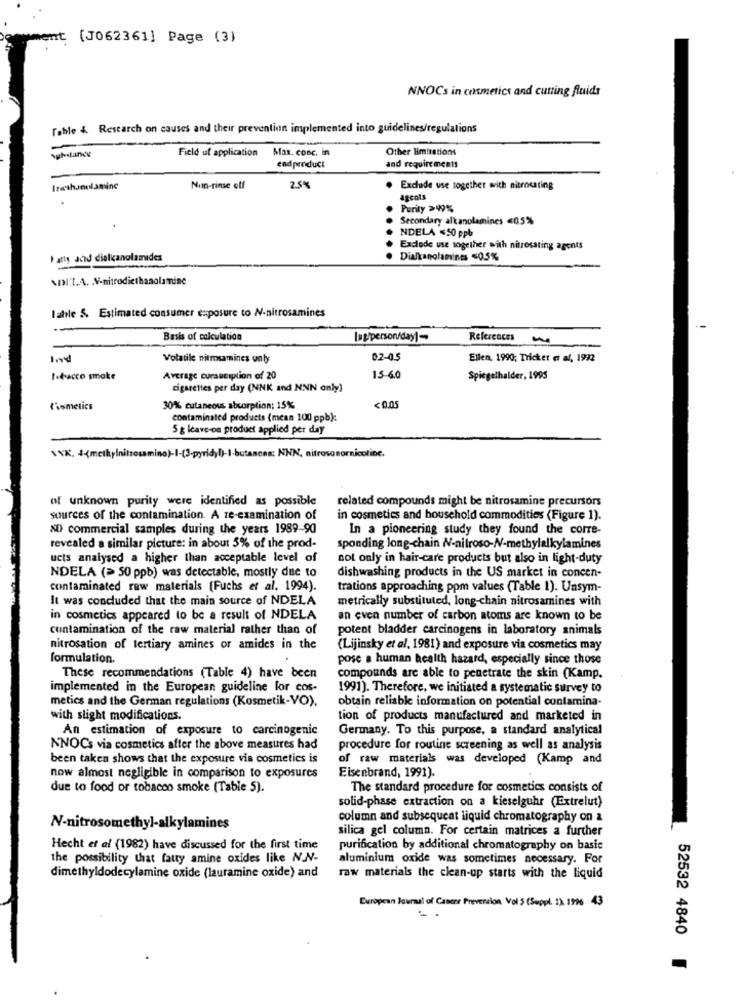
nt (J062361] Page (3)
NNOCs in cosmetics and cutting fluids
Tohle 4 Research on causes and their prevention implemented into guidelines/regulations
Substance
Max. conc. in
Other limitations
Field uf application
endproduct
and requirements
Isethanolamine
Non-rinse off
25%
. Exclude use together with nitrocaring
agents
Purity >99%
Secondary alkanolamines <05%
NDELA <50 ppb
Exdode use together with nitrosating agents
I atty and dialkanolamides
. Dialkanolan'nes "05%
val:t.A. N-nitrodiethanolamine
lahle & Estimated consumer exposure to N-nitrosamines
Basis of calculation
Iug/personfday]-
References
Volatile nitmsamines only
02-05
Ellen, 1990; Tricket et al, 1992
lidacco smake
Average cursuciption of 20
15-60
Spiegelhalder, 1995
cigarettes per day (NNK and NNN only)
Casmetics
30% cutaneous absorption; 15%
<0.05
contaminated products (mean 100 ppb):
5 g Icave-on product applied per day
\\X. +(methylnitrosamino)-I-(3-pyridyl)-1-butanono: NNN, nitroso nornicotine.
of unknown purity were identified as possible
related compounds might be nitrosamine precursors
sources of the contamination. A re-examination of
in cosmetics and household commodities (Figure 1).
&D) commercial samples during the years 1989-90
In a pioneering study they found the corre-
revealed a similar picture: in about 5% of the prod-
sponding long-chain N-nitroso-N-methylalkylamines
ucts analysed a higher than acceptable level of
not only in hair-care products but also in light-duty
NDELA (> 50 ppb) was detectable, mostly due to
dishwashing products in the US market in concen-
contaminated raw materials (Fuchs et al. 1994).
trations approaching ppm values (Table 1). Unsym-
It was concluded that the main source of NDELA
metrically substituted, long-chain nitrosamines with
in cosmetics appeared to be a result of NDELA
an even number of carbon atoms are known to be
Contamination of the raw material rather than of
potent bladder carcinogens in laboratory animals
nitrosation of tertiary amines or amides in the
(Lijinsky et al, 1981) and exposure via cosmetics may
formulation.
pose a human health hazard, especially since those
These recommendations (Table 4) have been
compounds are able to penetrate the skin (Kamp.
implemented in the European guideline for cos-
1991). Therefore, we initiated a systematic survey to
metics and the German regulations (Kosmetik-VO).
obtain reliable information on potential contamina-
with slight modifications.
tion of products manufactured and marketed in
An estimation of exposure to carcinogenic
Germany. To this purpose, a standard analytical
NNOCs via cosmetics after the above measures had
procedure for routine screening as well as analysis
been taken shows that the exposure vis cosmetics is
of raw materials was developed (Kamp and
now almost negligible in comparison to exposures
Eisenbrand, 1991).
due to food or tobacco smoke (Table 5).
The standard procedure for cosmetics consists of
solid-phase extraction on a kieselguhr (Extrelut)
column and subsequent liquid chromatography on a
N-nitrosomethyl-alkylamines
silica gel column. For certain matrices a further
Hecht et al (1982) have discussed for the first time
purification by additional chromatography on basic
the possibility that fatty amine oxides like N.J-
aluminium oxide was sometimes necessary. For
dimethyldodecylamine oxide (lauramine oxide) and
raw materials the clean-up starts with the liquid
European Journal of Cancer Prevention Vol S (Suppl. 1) 1996 43
52532 4840